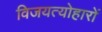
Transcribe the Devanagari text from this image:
विजयत्योहारों